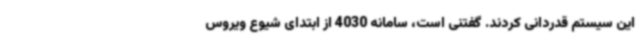
این سیستم قدردانی کردند. گفتنی است، سامانه 4030 از ابتدای شیوع ویروس